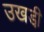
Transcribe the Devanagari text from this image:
उखडी़